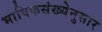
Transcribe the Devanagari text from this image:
भाषिकसंख्येनुसार